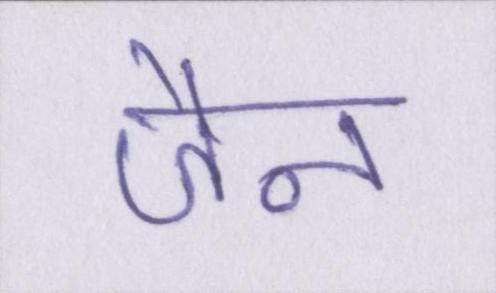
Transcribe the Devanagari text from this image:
जैन